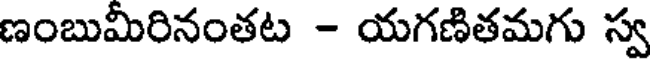
ణంబుమీరినంతట - యగణితమగు స్వ